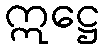
ဣဋ္ဌေ